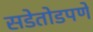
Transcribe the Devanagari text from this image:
सडेतोडपणे